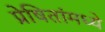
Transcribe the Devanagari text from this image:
प्रेषितांमध्ये